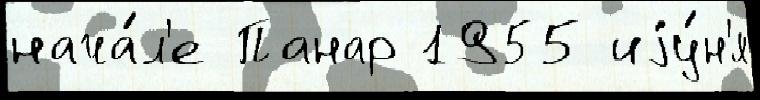
нача́л'е Панар 1955 иjу́н'я